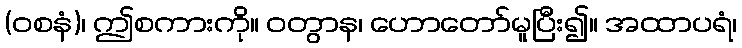
(ဝစနံ)၊ ဤစကားကို။ ဝတွာန၊ ဟောတော်မူပြီး၍။ အထာပရံ၊